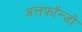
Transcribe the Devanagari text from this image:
अलफ़ॉन्ज़ो